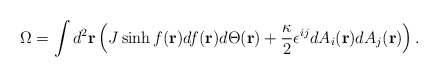
\begin{align*}\Omega= \int d^2{\bf r}\left(J \sinh f({\bf r}) d f({\bf r})d\Theta({\bf r})+\frac{\kappa}{2}\epsilon^{ij} d A_i({\bf r}) d A_j ({\bf r})\right). \end{align*}